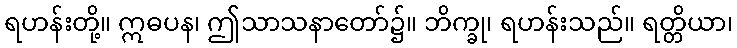
ရဟန်းတို့။ ဣဓပန၊ ဤသာသနာတော်၌။ ဘိက္ခု၊ ရဟန်းသည်။ ရတ္တိယာ၊